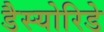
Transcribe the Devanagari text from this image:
डैस्योरिडे